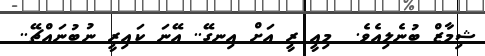
ޝިމާޒް ބުނެލިއެވެ.  މިއީ ރީ އަށް އިނގޭ.. އޭނަ ކައިރީ ނުބުނައްޗޭ..